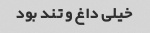
خیلی داغ و تند بود